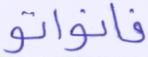
فانواتو